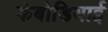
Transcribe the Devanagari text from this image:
कंबोडियाई